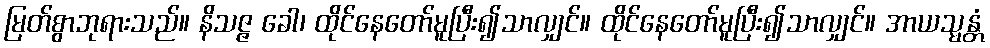
မြတ်စွာဘုရားသည်။ နိသဇ္ဇ ခေါ၊ ထိုင်နေတော်မူပြီး၍သာလျှင်။ ထိုင်နေတော်မူပြီး၍သာလျှင်။ အာယသ္မန္တံ